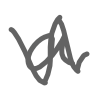
Text: a
Cross-out: zig-zag
Writing tool: digital_gray